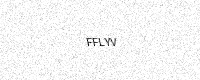
Text: FFLYV